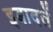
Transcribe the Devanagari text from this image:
इबादतें